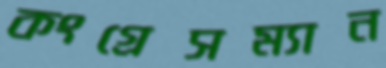
কংগ্রেসম্যান